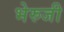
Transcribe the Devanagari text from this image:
भेरुजी